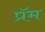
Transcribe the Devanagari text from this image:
प्रॅम